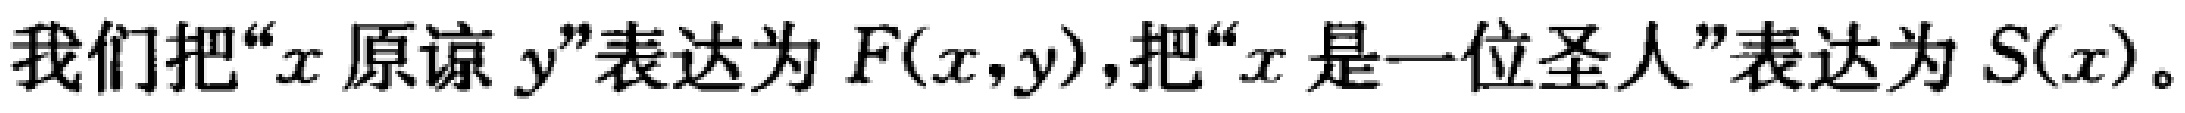
我们把“\(x\)原谅\(y\)”表达为\(F(x,y)\)，把“\(x\)是一位圣人”表达为\(S(x)\)。